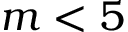
m < 5